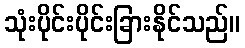
သုံးပိုင်းပိုင်းခြားနိုင်သည်။